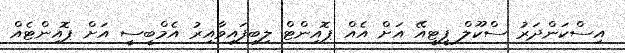
އިސްކަންދަރު ސްކޫލް ޕީޓީއޭ އަށް އެއް ޕޮއިންޓް ލިބިފައިވާއިރު އެމްބީސީ އަށް ޕޮއިންޓެއް